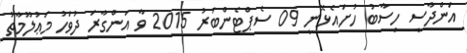
އަންދާސީ ހިސާބު ހުށައެޅޭނީ 09 ސެޕްޓެންބަރު 2015 ވާ އަންގާރަ ދުވަހު މަޢުލޫމާތު